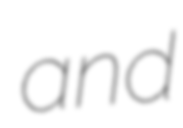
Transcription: and